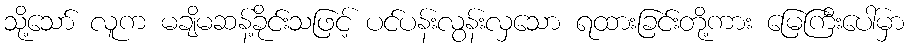
သို့သော် လူက မချိမဆန့်ခိုင်းသဖြင့် ပင်ပန်းလွန်းလှသော ရထားခြင်းတို့ကား မြေကြီးပေါ်မှာ